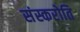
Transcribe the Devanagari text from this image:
संस्करोति